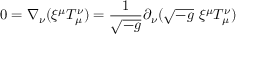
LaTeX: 0 = \nabla _ { \nu } ( \xi ^ { \mu } T _ { \mu } ^ { \nu } ) = { \frac { 1 } { \sqrt { - g } } } \partial _ { \nu } ( { \sqrt { - g } } \ \xi ^ { \mu } T _ { \mu } ^ { \nu } )